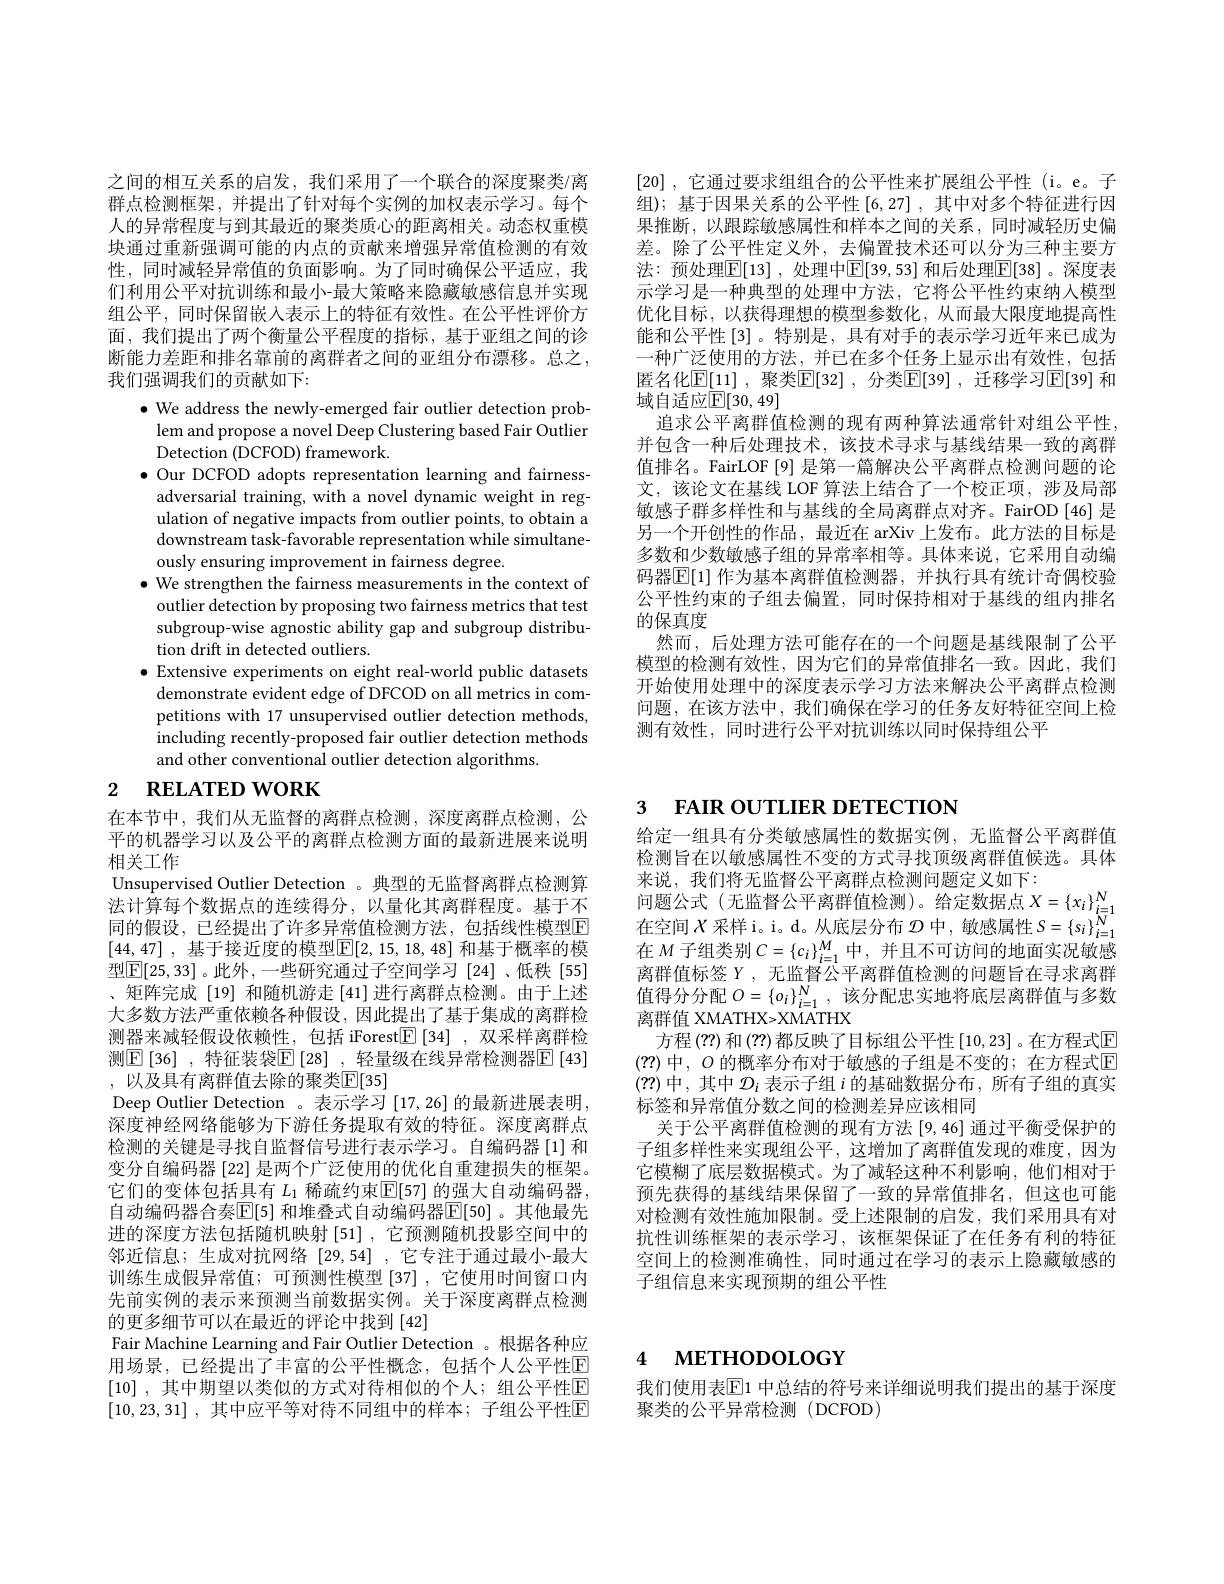
[20] , 它通过要求组组合的公平性来扩展组公平性(i。e。子组);基于因果关系的公平性[6,27],其中对多个特征进行因果推断，以跟踪敏感属性和样本之间的关系，同时减轻历史偏差。除了公平性定义外，去偏置技术还可以分为三种主要方法：预处理$\boxed{\mathbb{E}[13]}$, 处理中$\boxed{\mathbb{E}[39,53]}$ 和后处理$\boxed{\mathbb{E}[38]}$。深度表示学习是一种典型的处理中方法，它将公平性约束纳入模型优化目标，以获得理想的模型参数化，从而最大限度地提高性能和公平性[3]。特别是，具有对手的表示学习近年来已成为一种广泛使用的方法、并已在多个任务上显示出有效性，包括匿名化$\underline {\mathrm{E} }[ \underline {11}]$ , 聚类$\underline {\mathrm{E} }[ 32]$ , 分类$\underline {\mathrm{E} }[ 39]$ , 迁移学习$\underline{\mathrm{E}}[39]$ 和域自适应$\mathbb{E}[30,49]$
追求公平离群值检测的现有两种算法通常针对组公平性。并包含一种后处理技术，该技术寻求与基线结果一致的离群值排名。FairLOF[9] 是第一篇解决公平离群点检测问题的论文，该论文在基线 LOF 算法上结合了一个校正项，涉及局部敏感子群多样性和与基线的全局离群点对齐。FairOD[46]是另一个开创性的作品，最近在 arXiv 上发布。此方法的目标是多数和少数敏感子组的异常率相等。具体来说，它采用自动编码器$\boxed{\mathbb{E}[1]\text{ 作为基本离群值检测器，并执行具有统计奇偶校验}}$ 公平性约束的子组去偏置，同时保持相对于基线的组内排名的保真度
然而，后处理方法可能存在的一个问题是基线限制了公平模型的检测有效性，因为它们的异常值排名一致。因此，我们开始使用处理中的深度表示学习方法来解决公平离群点检测问题，在该方法中，我们确保在学习的任务友好特征空间上检测有效性，同时进行公平对抗训练以同时保持组公平

之间的相互关系的启发，我们采用了一个联合的深度聚类/离群点检测框架，并提出了针对每个实例的加权表示学习。每个人的异常程度与到其最近的聚类质心的距离相关。动态权重模块通过重新强调可能的内点的贡献来增强异常值检测的有效性，同时减轻异常值的负面影响。为了同时确保公平适应，我们利用公平对抗训练和最小-最大策略来隐藏敏感信息并实现组公平，同时保留嵌入表示上的特征有效性。在公平性评价方面，我们提出了两个衡量公平程度的指标，基于亚组之间的诊断能力差距和排名靠前的离群者之间的亚组分布漂移。总之， 我们强调我们的贡献如下：
$\bullet$ We address the newly-emerged fair outlier detection prob-
lem and propose a novel Deep Clustering based Fair Outlier
Detection (DCFOD) framework.
$\bullet$ Our DCFOD adopts representation learning and fairnessadversarial training, with a novel dynamic weight in regulation of negative impacts from outlier points, to obtain a downstream task-favorable representation while simultaneously ensuring improvement in fairness degree.
$\bullet$ We strengthen the fairness measurements in the context of
outlier detection by proposing two fairness metrics that test subgroup-wise agnostic ability gap and subgroup distribution drift in detected outliers.
$\bullet$ Extensive experiments on eight real-world public datasets
demonstrate evident edge of DFCOD on all metrics in competitions with 17 unsupervised outlier detection methods, including recently-proposed fair outlier detection methods and other conventional outlier detection algorithms
2 RELATED WORK

在本节中，我们从无监督的离群点检测，深度离群点检测，公平的机器学习以及公平的离群点检测方面的最新进展来说明相关工作
Unsupervised Outlier Detection 。典型的无监督离群点检测算法计算每个数据点的连续得分，以量化其离群程度。基于不同的假设，已经提出了许多异常值检测方法，包括线性模型E [44,47] , 基于接近度的模型$[\mathbb{E}[2,15,18,48]$ 和基于概率的模型$\boxed{\mathrm{F}}[25,33]$。此外，一些研究通过子空间学习[24]、低秩[55] 、矩阵完成 [19] 和随机游走 [41] 进行离群点检测。由于上述大多数方法严重依赖各种假设，因此提出了基于集成的离群检测器来减轻假设依赖性，包括 iForest$\underline {\mathbb{E} }\left [ 34\right ]$ ,双采样离群检测$\boxed{\mathrm{E}}\left[36\right]$, 特征装袋$\boxed{\mathrm{E}}\left[28\right]$, 轻量级在线异常检测器$\boxed{\mathrm{E}}\left[43\right]$ ,以及具有离群值去除的聚类$\mathbb{E}[35]$
Deep Outlier Detection 。表示学习 [17,26] 的最新进展表明， 深度神经网络能够为下游任务提取有效的特征。深度离群点检测的关键是寻找自监督信号进行表示学习。自编码器[1] 和变分自编码器 [22] 是两个广泛使用的优化自重建损失的框架。它们的变体包括具有$L_1$稀疏约束$\mathbb{E}[57]$的强大自动编码器， 自动编码器合奏$\mathbb{E}[5]$ 和堆叠式自动编码器$\mathbb{E}[50]$ 。其他最先进的深度方法包括随机映射[51] ,它预测随机投影空间中的邻近信息；生成对抗网络[29,54] ,它专注于通过最小-最大训练生成假异常值；可预测性模型[37],它使用时间窗口内先前实例的表示来预测当前数据实例。关于深度离群点检测的更多细节可以在最近的评论中找到[42]
Fair Machine Learning and Fair Outlier Detection 。根据各种应用场景，已经提出了丰富的公平性概念，包括个人公平性$\mathbb{E}$ [10] ,其中期望以类似的方式对待相似的个人；组公平性$\mathbb{E}$ [10,23,31] ,其中应平等对待不同组中的样本；子组公平性E

# 3 FAIR OUTLIER DETECTION

给定一组具有分类敏感属性的数据实例，无监督公平离群值检测旨在以敏感属性不变的方式寻找顶级离群值候选。具体来说，我们将无监督公平离群点检测问题定义如下：
问 题 公 式 ( 无 监 督 公 平 离 群 值 检 测 ) 。给 定 数 据 点 $X= \{ x_{i}\} _{i= 1}^{N}$ 在 空 间 $X$ 采 样 i。i。d。从 底 层 分 布 $\mathcal{D}$ 中 , 敏 感 属 性 $S= \{ s_{i}\} _{i= 1}^{N}$ 在 $X$ 不 知 半 即 $C= \{$ $M$ 中 并 日 下 可 注 问 的 此 下 应 门 的 战在$M$子组类别$C=\{c_i\}_{i=1}^M$中，并且不可访问的地面实况敏感离群值标签$Y$,无监督公平离群值检测的问题旨在寻求离群值得分分配$O=\{o_i\}_{i=1}^N$,该分配忠实地将底层离群值与多数离群值 XMATHX>XMATHX
方程 (??) 和 (??) 都反映了目标组公平性 [10,23] 。在方程式$\overline{\mathrm{E}}$ (??) 中，$O$ 的概率分布对于敏感的子组是不变的；在方程式$\mathbb{E}$ (??)中，其中$\mathcal{D}_i$表示子组$i$的基础数据分布 ,所有子组的真实标签和异常值分数之间的检测差异应该相同
关于公平离群值检测的现有方法 [9,46] 通过平衡受保护的子组多样性来实现组公平，这增加了离群值发现的难度，因为它模糊了底层数据模式。为了减轻这种不利影响，他们相对于预先获得的基线结果保留了一致的异常值排名，但这也可能对检测有效性施加限制。受上述限制的启发，我们采用具有对抗性训练框架的表示学习，该框架保证了在任务有利的特征空间上的检测准确性，同时通过在学习的表示上隐藏敏感的子组信息来实现预期的组公平性

# 4 мЕТНОDOLOGY

我们使用表$\boxed{\mathrm{E}}$1 中总结的符号来详细说明我们提出的基于深度
聚类的公平异常检测(DCFOD)